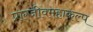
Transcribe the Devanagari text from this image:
प्राग्जीवमहाकल्प